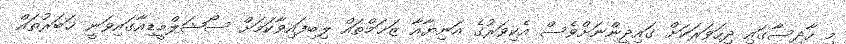
މި ހާދިސާގައި ދިހަވަރަކަށް ގައިދީންނަށްވެސް އެކިވަރުގެ އަނިޔާއާ ޒަޚަމްތައް ލިބިފައިވާކަމަށް ސޯޝަލްމީޑިއާގައިވަނީ ޚަބަރުތައް